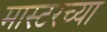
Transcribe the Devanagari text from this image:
मास्टरच्या